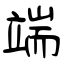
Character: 端